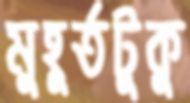
মুহূর্তটুকু